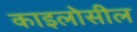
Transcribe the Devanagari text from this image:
काइलोसील